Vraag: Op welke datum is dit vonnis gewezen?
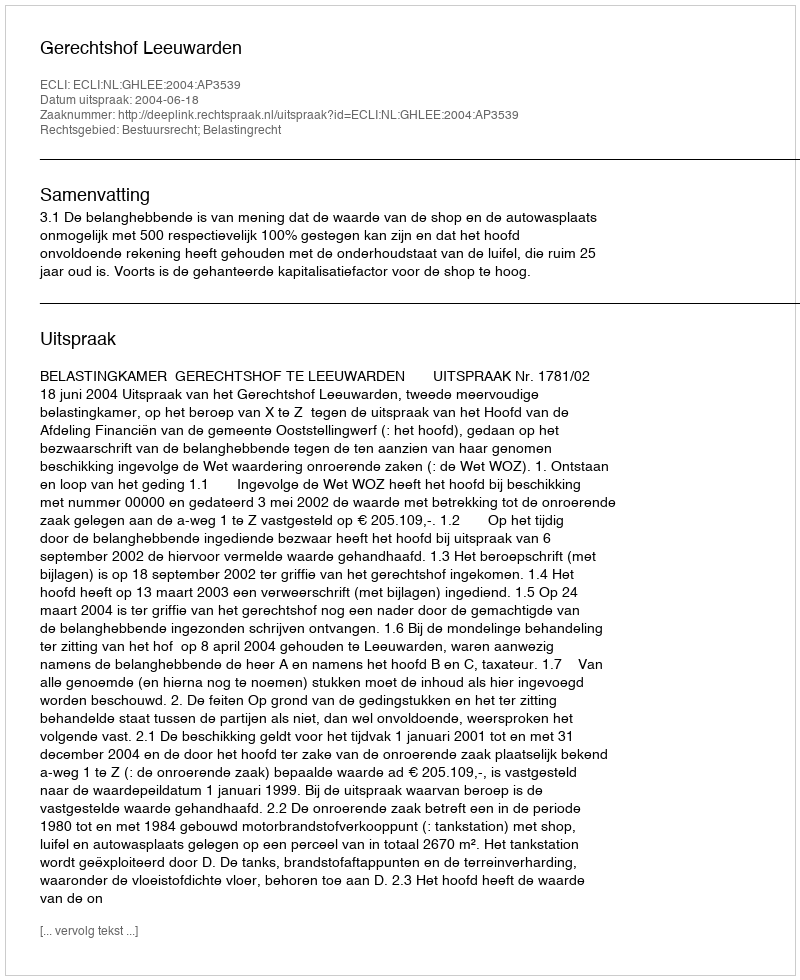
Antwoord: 2004-06-18